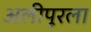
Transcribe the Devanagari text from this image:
अलीपूरला